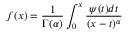
f ( x ) = { \frac { 1 } { \Gamma ( \alpha ) } } \int _ { 0 } ^ { x } { \frac { \psi ( t ) d t } { ( x - t ) ^ { \alpha } } }